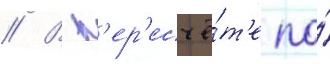
// В п'ер'есчё́т'е по́